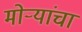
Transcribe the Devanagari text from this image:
मोर्‍यांचा